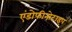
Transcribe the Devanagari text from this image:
एंडोफीनोटाइप